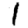
Digit: 1